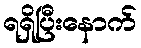
ရရှိပြီးနောက်